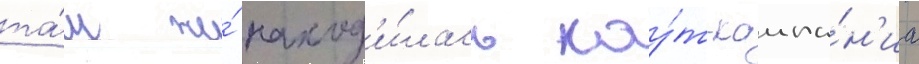
та́м же́ наход'и́лась кау́т-кампа́н'иа